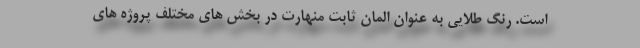
است. رنگ طلایی به عنوان المان ثابت منهارت در بخش های مختلف پروژه های